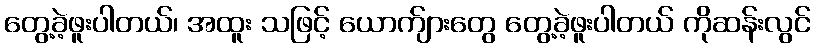
တွေ့ခဲ့ဖူးပါတယ်၊ အထူး သဖြင့် ယောက်ျားတွေ တွေ့ခဲ့ဖူးပါတယ် ကိုဆန်းလွင်